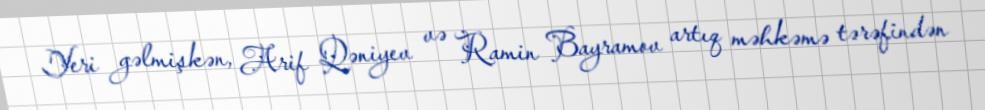
Yeri gəlmişkən, Arif Qəniyev və Ramin Bayramov artıq məhkəmə tərəfindən